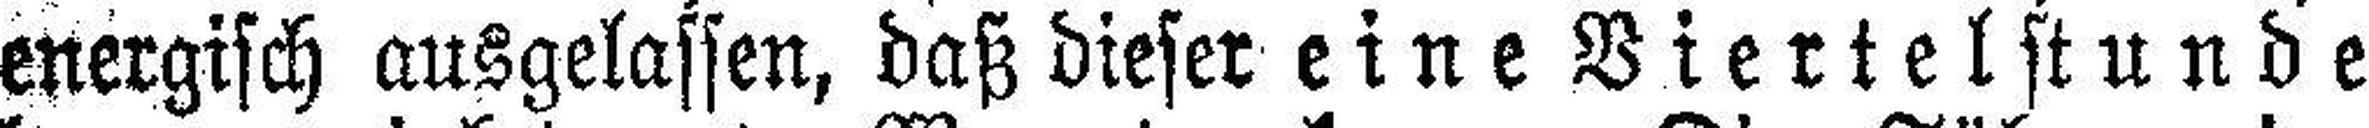
energisch ausgelassen, daß dieser eine Viertelstunde